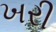
ખરી